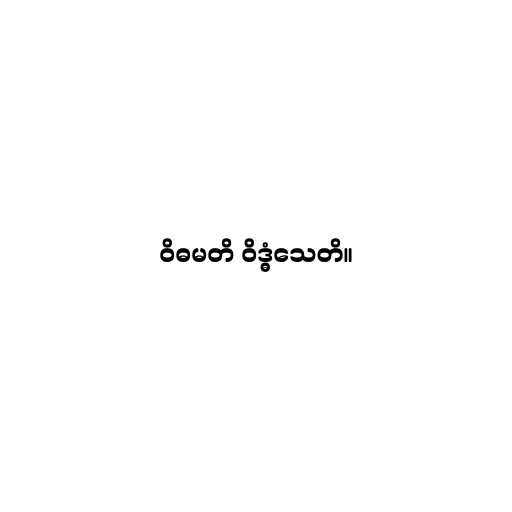
ဝိဓမတိ ဝိဒ္ဓံသေတိ။